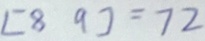
[ 8 9 ] = 7 2